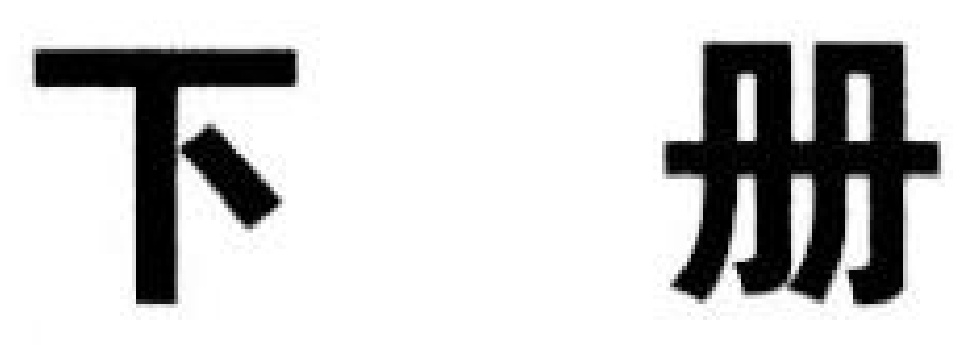
下 册